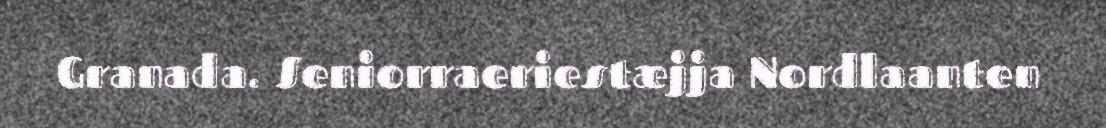
Granada. Seniorraeriestæjja Nordlaanten